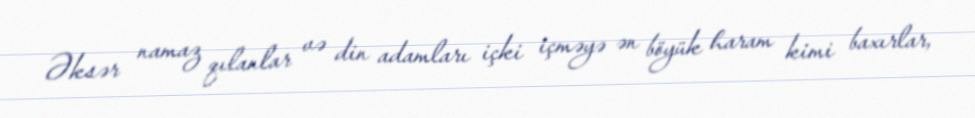
Əksər namaz qılanlar və din adamları içki içməyə ən böyük haram kimi baxırlar,